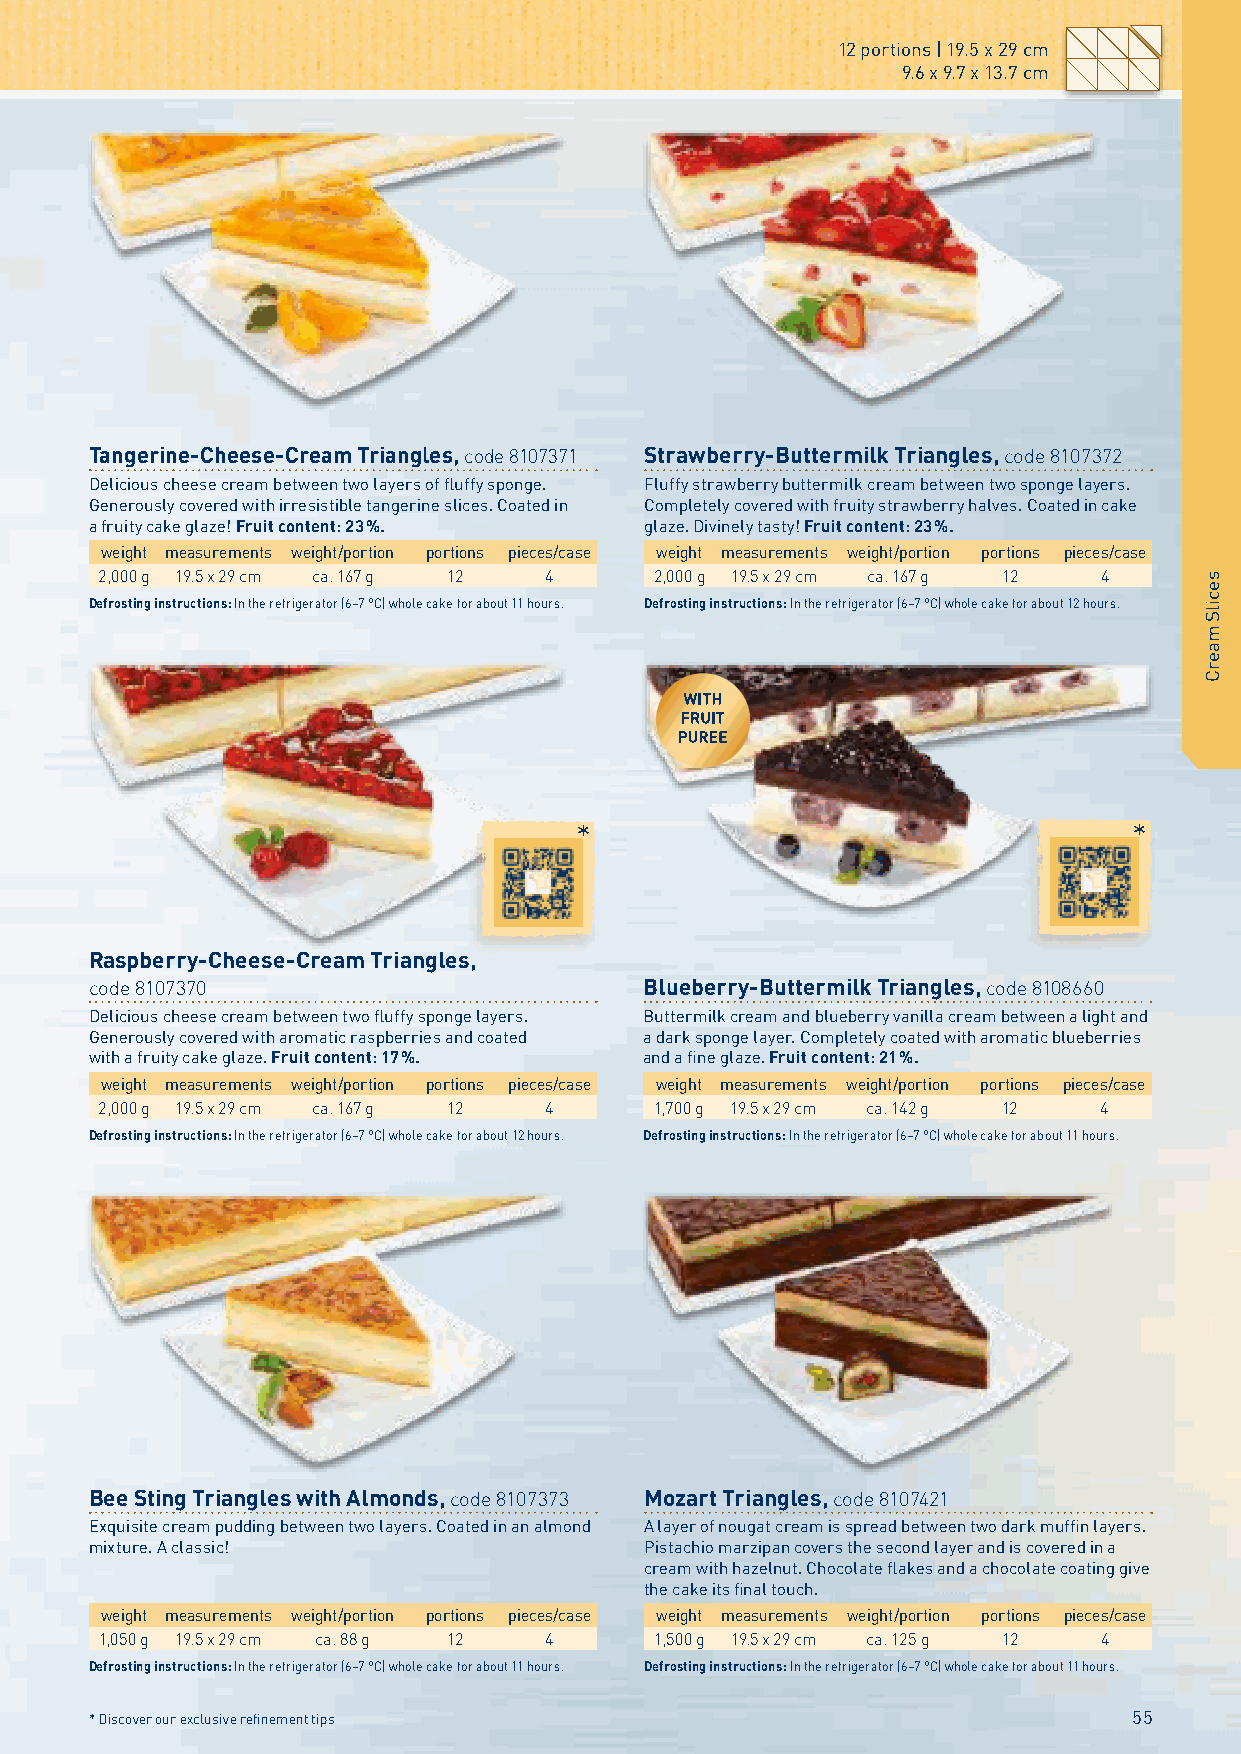
12 portions | 19.5 x 29 cm
 9.6 x 9.7 x 13.7 cm
 Tangerine-Cheese-Cream Triangles, code 8107371 Strawberry-Buttermilk Triangles, code 8107372
 Delicious cheese cream between two layers of fluffy sponge. Fluffy strawberry buttermilk cream between two sponge layers.
 Generously covered with irresistible tangerine slices. Coated in Completely covered with fruity strawberry halves. Coated in cake
 a fruity cake glaze! Fruit content: 23 %. glaze. Divinely tasty! Fruit content: 23 %.
 weight measurements weight/portion portions pieces/case weight measurements weight/portion portions pieces/case
 2,000 g 19.5 x 29 cm ca. 167 g 12 4  2,000 g 19.5 x 29 cm ca. 167 g 12 4
 Defrosting instructions: In the refrigerator (6–7 °C) whole cake for about 11 hours. Defrosting instructions: In the refrigerator (6–7 °C) whole cake for about 12 hours.
 *                                    *
 Raspberry-Cheese-Cream Triangles,
 code 8107370                         Blueberry-Buttermilk Triangles, code 8108660
 Delicious cheese cream between two fluffy sponge layers. Buttermilk cream and blueberry vanilla cream between a light and
 Generously covered with aromatic raspberries and coated a dark sponge layer. Completely coated with aromatic blueberries
 with a fruity cake glaze. Fruit content: 17 %. and a fine glaze. Fruit content: 21 %.
 weight measurements weight/portion portions pieces/case weight measurements weight/portion portions pieces/case
 2,000 g 19.5 x 29 cm ca. 167 g 12 4  1,700 g 19.5 x 29 cm ca. 142 g 12 4
 Defrosting instructions: In the refrigerator (6–7 °C) whole cake for about 12 hours. Defrosting instructions: In the refrigerator (6–7 °C) whole cake for about 11 hours.
 Bee Sting Triangles with Almonds, code 8107373 Mozart Triangles, code 8107421
 Exquisite cream pudding between two layers. Coated in an almond A layer of nougat cream is spread between two dark muffin layers.
 mixture. A classic!                  Pistachio marzipan covers the second layer and is covered in a
 cream with hazelnut. Chocolate flakes and a chocolate coating give
 the cake its final touch.
 weight measurements weight/portion portions pieces/case weight measurements weight/portion portions pieces/case
 1,050 g 19.5 x 29 cm ca. 88 g 12 4  1,500 g 19.5 x 29 cm ca. 125 g 12 4
 Defrosting instructions: In the refrigerator (6–7 °C) whole cake for about 11 hours. Defrosting instructions: In the refrigerator (6–7 °C) whole cake for about 11 hours.
 * D iscover our exclusive refinement tips                            55
 secilS
 maerC